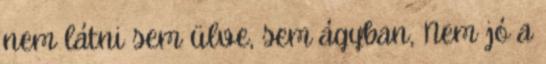
nem látni sem ülve, sem ágyban, Nem jó a